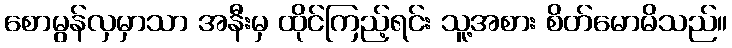
စောမွန်လှမှာသာ အနီးမှ ထိုင်ကြည့်ရင်း သူ့အစား စိတ်မောမိသည်။